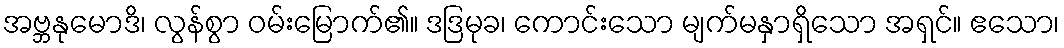
အဗ္ဘနုမောဒိ၊ လွန်စွာ ဝမ်းမြောက်၏။ ဒဒြမုခ၊ ကောင်းသော မျက်မနှာရှိသော အရှင်။ ဧသော၊